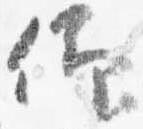
仰